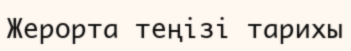
Жерорта теңізі тарихы